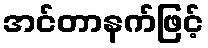
အင်တာနက်ဖြင့်